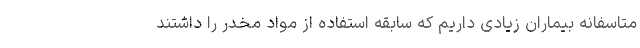
متاسفانه بیماران زیادی داریم که سابقه استفاده از مواد مخدر را داشتند